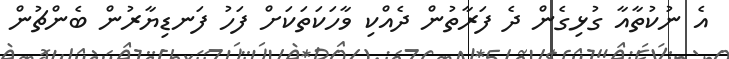
އެ ނުކުތާއާ ގުޅިގެން ދެ ފަރާތުން ދެއްކި ވާހަކަތަކަށް ފަހު ފަނޑިޔާރުން ބެންޗުން